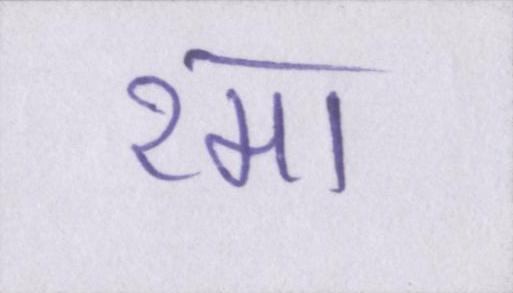
रमा